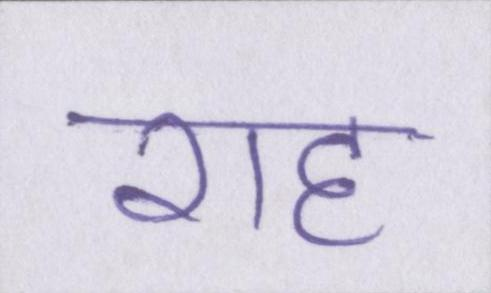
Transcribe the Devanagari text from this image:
राह